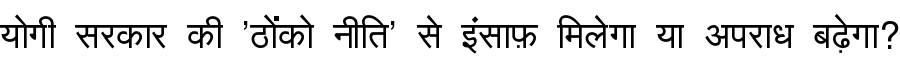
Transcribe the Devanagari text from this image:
योगी सरकार की 'ठोंको नीति' से इंसाफ़ मिलेगा या अपराध बढ़ेगा?